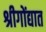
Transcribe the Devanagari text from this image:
श्रीगोंद्यात